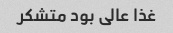
غذا عالی بود متشکر